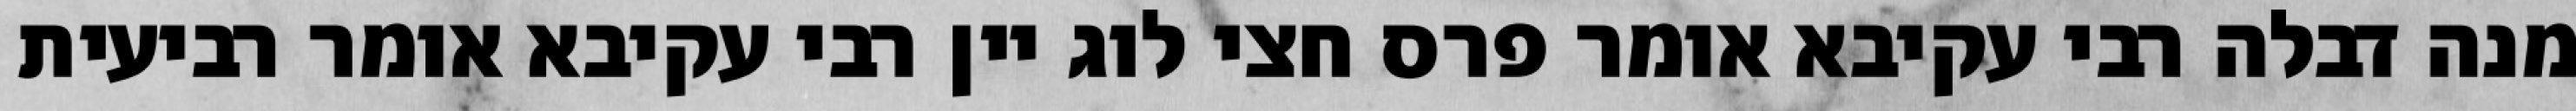
מנה דבלה רבי עקיבא אומר פרס חצי לוג יין רבי עקיבא אומר רביעית